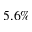
5 . 6 \%